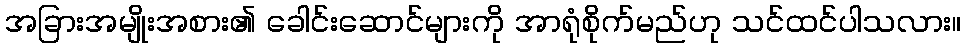
အခြားအမျိုးအစား၏ ခေါင်းဆောင်များကို အာရုံစိုက်မည်ဟု သင်ထင်ပါသလား။